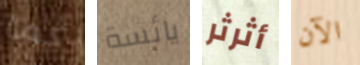
كما يائسة أثرثر الآن